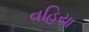
વહિયા